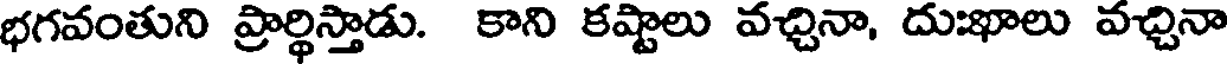
భగవంతుని ప్రార్థిస్తాడు. కాని కష్టాలు వచ్చినా, దుఃఖాలు వచ్చినా